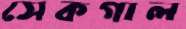
সেকগাল